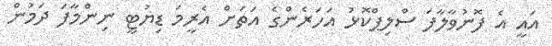
އައީ އެ ފޮނުވާލާފަ ސްލިޕްކޮޅު އަހަރެންގެ އަތަށް އެރީމަ ޑިޔުޓީ ނިންމާފަ ދަމުން